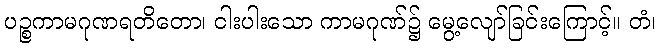
ပဉ္စကာမဂုဏရတိတော၊ ငါးပါးသော ကာမဂုဏ်၌ မွေ့လျော်ခြင်းကြောင့်။ တံ၊